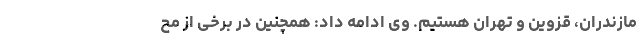
مازندران، قزوین و تهران هستیم. وی ادامه داد: همچنین در برخی از مح